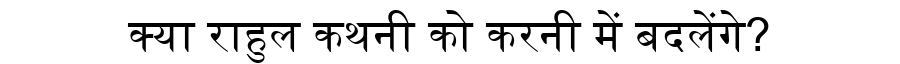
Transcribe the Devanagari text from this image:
क्या राहुल कथनी को करनी में बदलेंगे?